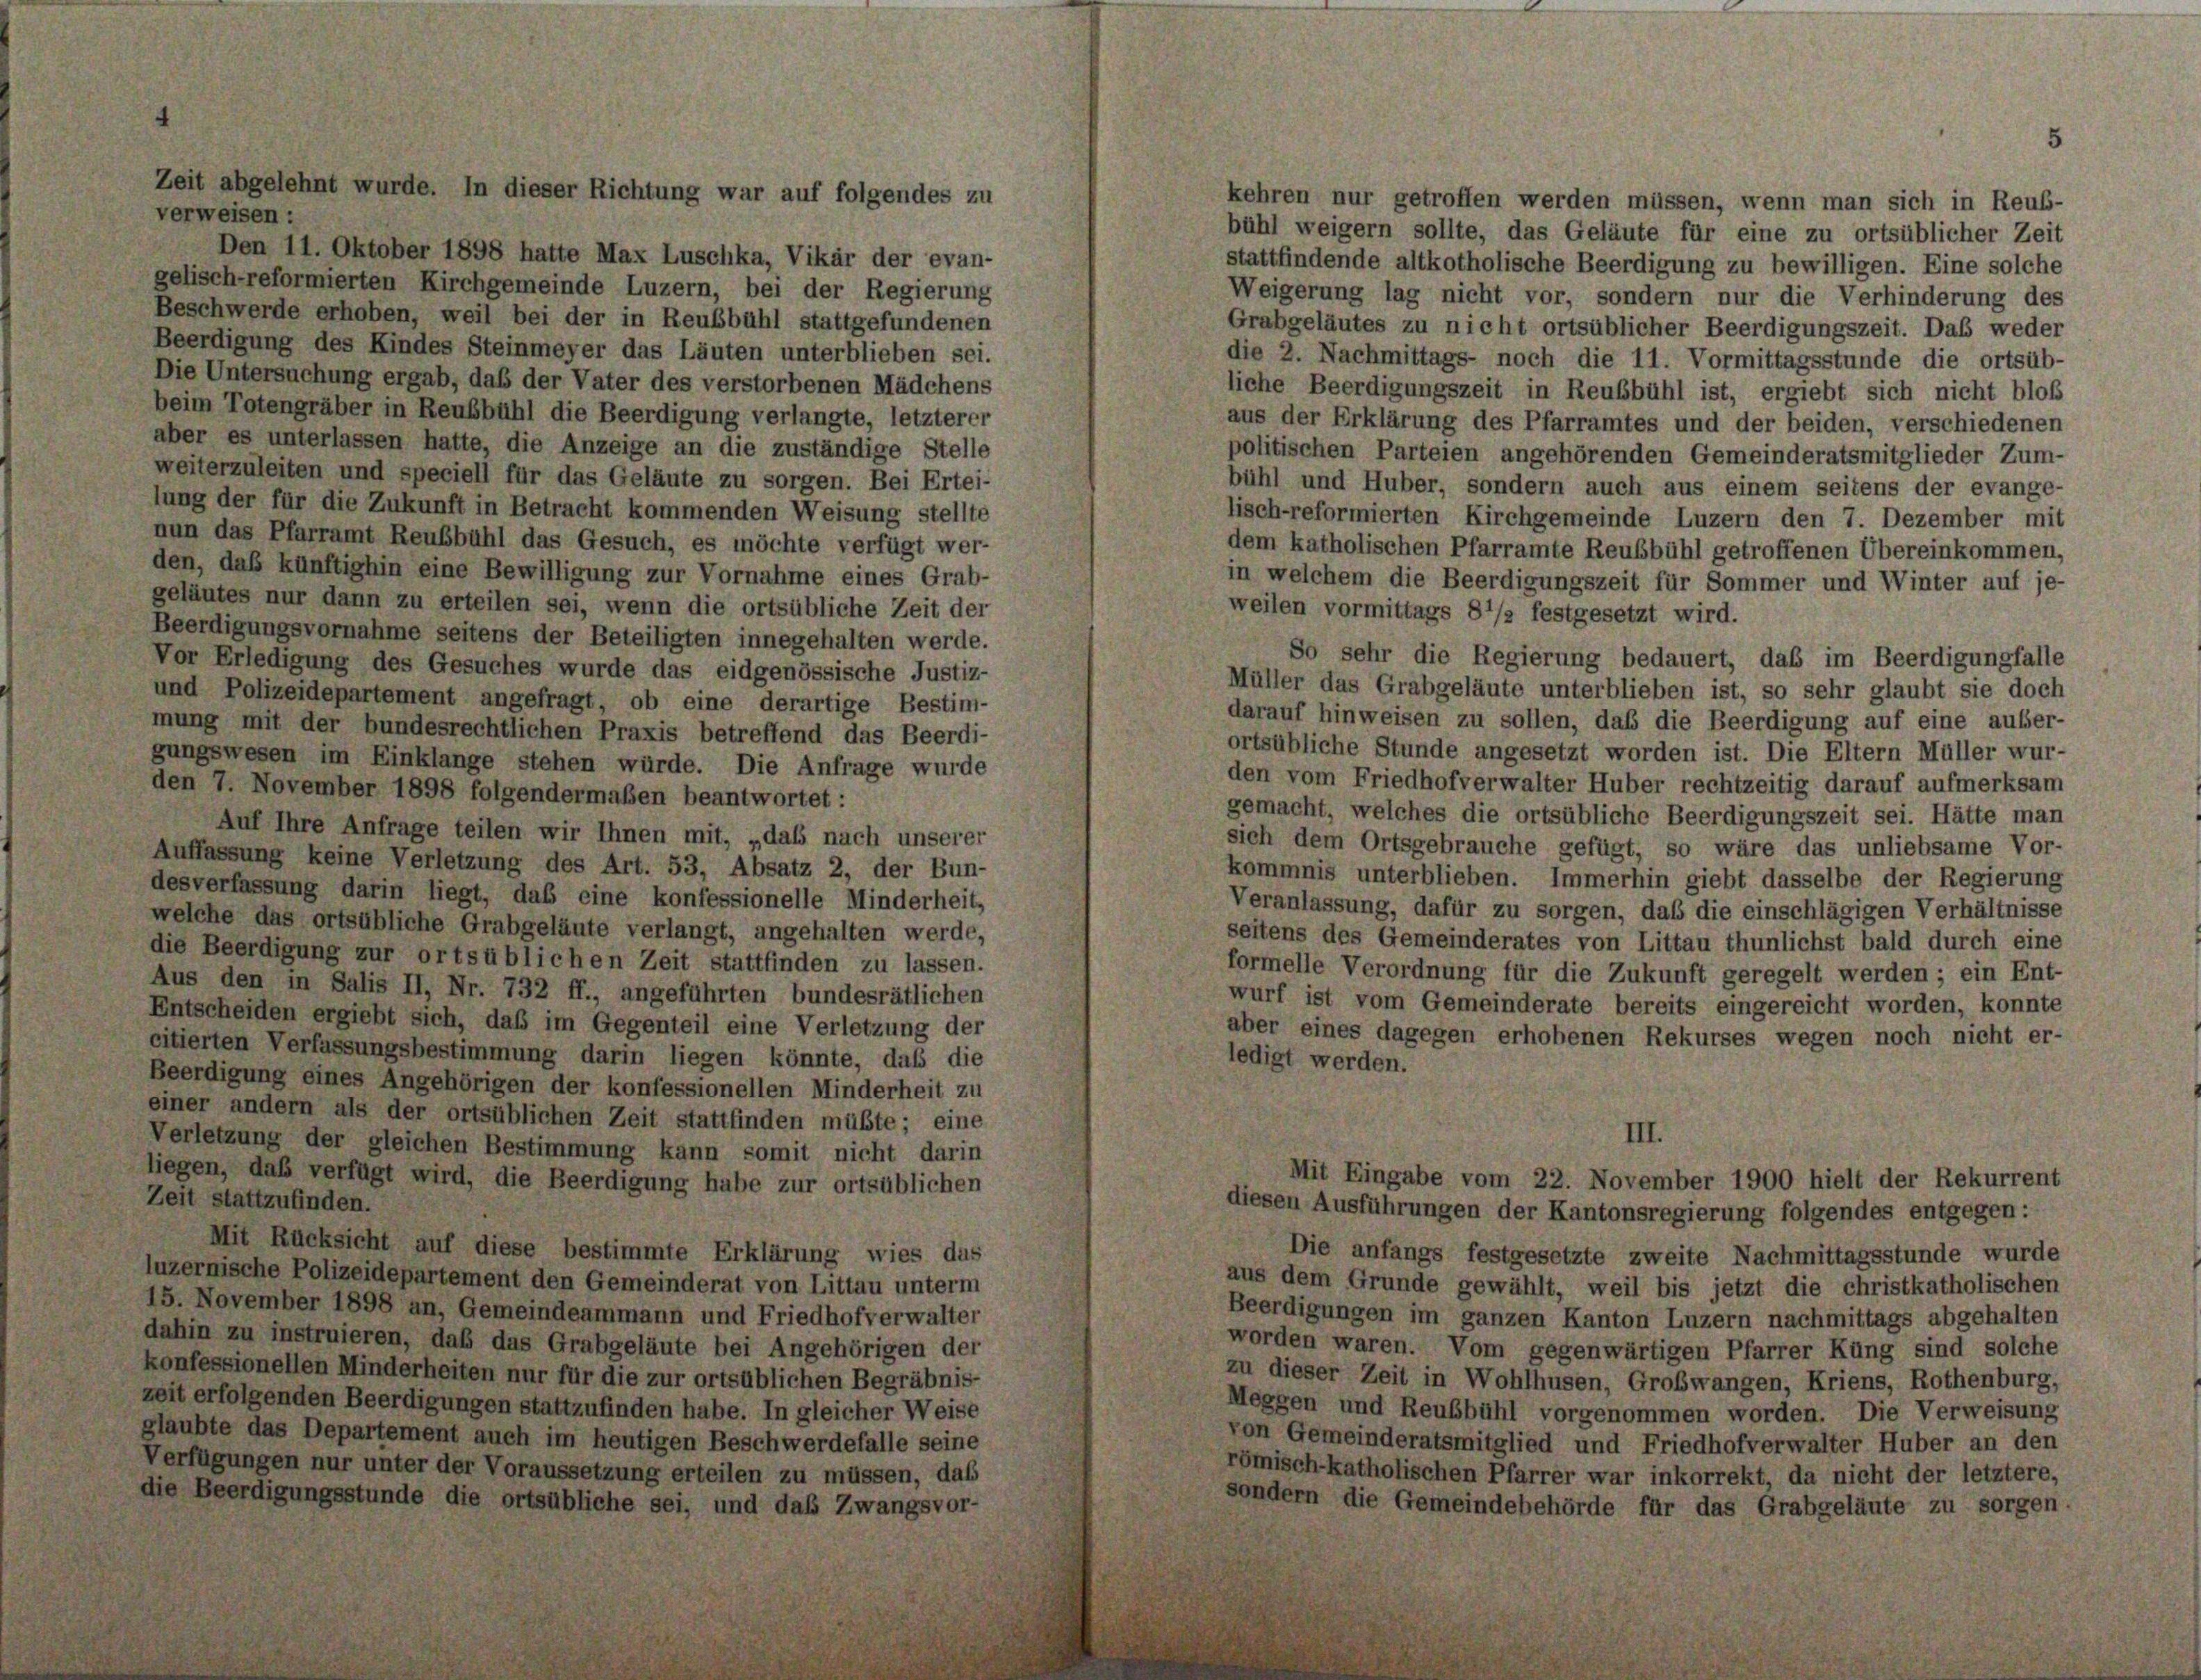
kehren nur getroffen werden müssen, wenn man sich in Reub-
verweisen :
bühl weigern sollte, das Geläute für eine zu ortsüblicher Zeit
stattfindende altkotholische Beerdigung zu bewilligen. Eine solche
Weigerung lag nicht vor, sondern nur die Verhinderung des
Beschwerde erhoben, weil bei der in Reubbühl stattgefundenen
Grabgeläutes zu nicht ortsüblicher Beerdigungszeit. Das weder
Beerdigung des Kindes Steinmeyer das Läuten unterblieben sei.
die 2. Nachmittags- noch die 11. Vormittagsstunde die ortsüb-
Die Untersuchung ergab, daß der Vater des verstorbenen Mädchens
liche Beerdigungszeit in Reubbühl ist, ergiebt sich nicht bloß
beim Totengräber in Reubbühl die Beerdigung verlangte, letzterer
aus der Erklärung des Pfarramtes und der beiden, verschiedenen
aber es unterlassen hatte, die Anzeige an die zuständige Stelle
politischen Parteien angehörenden Gemeinderatsmitglieder Zum-
weiterzuleiten und speciell für das Geläute zu sorgen. Bei Ertei-
bühl und Huber, sondern auch aus einem seitens der evange-
lung der für die Zukunft in Betracht kommenden Weisung stellte
lisch-reformierten Kirchgemeinde Luzern den 7. Dezember mit
nun das Pfarramt Reubbühl das Gesuch, es möchte verfügt wer-
dem katholischen Pfarramte Reubbühl getroffenen Übereinkommen,
den, daß künftighin eine Bewilligung zur Vornahme eines Grab-
in welchem die Beerdigungszeit für Sommer und Winter auf je-
geläutes nur dann zu erteilen sei, wenn die ortsübliche Zeit der
weilen vormittags 8 1/2 festgesetzt wird.
Beerdigungsvornahme seitens der Beteiligten innegehalten werde.
So sehr die Regierung bedauert, daß im Beerdigungfalle
Vor Erledigung des Gesuches wurde das eidgenössische Justiz-
Müller das Grabgeläute unterblieben ist, so sehr glaubt sie doch
und Polizeidepartement angefragt, ob eine derartige Bestim-
darauf hinweisen zu sollen, daß die Beerdigung auf eine ausser-
mung mit der bundesrechtlichen Praxis betreffend das Beerdi-
ortsübliche Stunde angesetzt worden ist. Die Eltern Müller wur-
gungswesen im Einklange stehen würde. Die Anfrage wurde
den vom Friedhof verwalter Huber rechtzeitig darauf aufmerksam
den 7. November 1898 folgendermaßen beantwortet:
gemacht, welches die ortsübliche Beerdigungszeit sei. Hätte man
Auf Ihre Anfrage teilen wir Ihnen mit, „dass nach unserer
sich dem Ortsgebrauche gefügt, so wäre das unliebsame Vor-
Auffassung keine Verletzung des Art. 53, Absatz 2, der Bun-
kommnis unterblieben. Immerhin giebt dasselbe der Regierung
desverfassung darin liegt, das eine konfessionelle Minderheit,
Veranlassung, dafür zu sorgen, daß die einschlägigen Verhältnisse
welche das ortsübliche Grabgeläute verlangt, angehalten werde,
seitens des Gemeinderates von Littau thunlichst bald durch eine
die Beerdigung zur orts üblichen Zeit stattfinden zu lassen.
formelle Verordnung für die Zukunft geregelt werden; ein Ent-
Aus den in Salis II, Nr. 732 ff., angeführten bundesrätlichen
wurf ist vom Gemeinderate bereits eingereicht worden, konnte
Entscheiden ergiebt sich, daß im Gegenteil eine Verletzung der
aber eines dagegen erhobenen Rekurses wegen noch nicht er-
citierten Verfassungsbestimmung darin liegen könnte, daß die
ledigt werden.
Beerdigung eines Angehörigen der konfessionellen Minderheit zu
einer andern als der ortsüblichen Zeit stattfinden müßte; eine
III.
Verletzung der gleichen Bestimmung kann somit nicht darin
liegen, daß verfügt wird, die Beerdigung habe zur ortsüblichen
Mit Eingabe vom 22. November 1900 hielt der Rekurrent
Zeit stattzufinden.
diesen Ausführungen der Kantonsregierung folgendes entgegen:
Mit Rücksicht auf diese bestimmte Erklärung wies das
Die anfangs festgesetzte zweite Nachmittagsstunde wurde
luzernische Polizeidepartement den Gemeinderat von Littau unterm
aus dem Grunde gewählt, weil bis jetzt die christkatholischen
15. November 1898 an, Gemeindeammann und Friedhof verwalter
Beerdigungen im ganzen Kanton Luzern nachmittags abgehalten
dahin zu instruieren, daß das Grabgeläute bei Angehörigen der
worden waren. Vom gegenwärtigen Pfarrer Küng sind solche
konfessionellen Minderheiten nur für die zur ortsüblichen Begräbnis-
zu dieser Zeit in Wohlhusen, Großwangen, Kriens, Rothenburg,
zeit erfolgenden Beerdigungen stattzufinden habe. In gleicher Weise
Meggen und Reubbühl vorgenommen worden. Die Verweisung
glaubte das Departement auch im heutigen Beschwerdefalle seine
von Gemeinderatsmitglied und Friedhof verwalter Huber an den
Verfügungen nur unter der Voraussetzung erteilen zu müssen, dass
römisch-katholischen Pfarrer war inkorrekt, da nicht der letztere,
die Beerdigungsstunde die ortsübliche sei, und das Zwangsvor-
sondern die Gemeindebehörde für das Grabgeläute zu sorgen.

Zeit abgelehnt wurde. In dieser Richtung war auf folgendes zu

Den 11. Oktober 1898 hatte Max Luschka, Vikar der evan-
gelisch-reformierten Kirchgemeinde Luzern, bei der Regierung